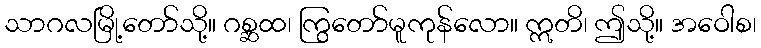
သာဂလမြို့တော်သို့။ ဂစ္ဆထ၊ ကြွတော်မူကုန်လော။ ဣတိ၊ ဤသို့။ အဝေါစ၊